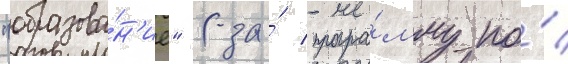
"образова́н'ие" (за́ програ́мму по́